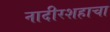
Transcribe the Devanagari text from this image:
नादीरशहाचा